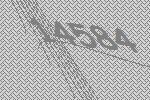
14584